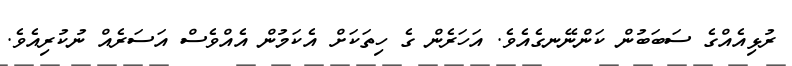
ރުޅިއެއްގެ ސަބަބުން ކަންނޭނގެއެވެ. އަހަރެން ގެ ހިތަކަށް އެކަމުން އެއްވެސް އަސަރެއް ނުކުރިއެވެ.